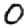
Digit: 0